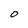
Character: O